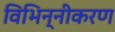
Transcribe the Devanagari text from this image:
विभिन्नीकरण